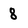
Character: 8